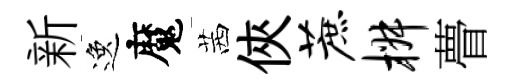
新逸魔茜俠蔗椒瞢